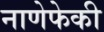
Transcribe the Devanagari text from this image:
नाणेफेकी